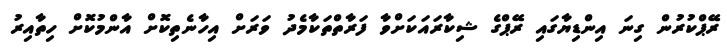
ރޭޕްކުރުން ގިނަ އިންޑިޔާގައި ރޭޕްގެ ޝިކާރައަކަށްވާ ފަރާތްތަކާމެދު ވަރަށް އިހާނެތިކޮށް އާންމުކޮށް ހިތާއިރު